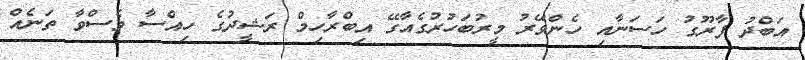
އަބްދު ފާރޫގު ހަސަނާއި ހެންވޭރު މީރުބަހުރުގެއާގޭ އިބްރާހިމް ރަޝީދުގެ ހިއްސާ ވެސްވާ ތަނެއް